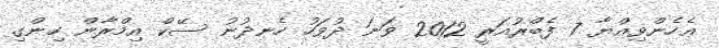
ޢެހެންވިއްޔާ 7 ފެބްރުއަރީ 2012 ވަނަ ދުވަހު ހެނދުނު ސޭކް އިމްރާން ހިންގި